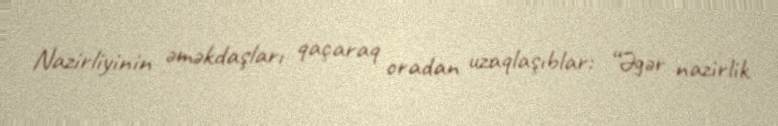
Nazirliyinin əməkdaşları qaçaraq oradan uzaqlaşıblar: “Əgər nazirlik